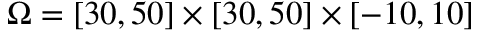
\Omega = [ 3 0 , 5 0 ] \times [ 3 0 , 5 0 ] \times [ - 1 0 , 1 0 ]